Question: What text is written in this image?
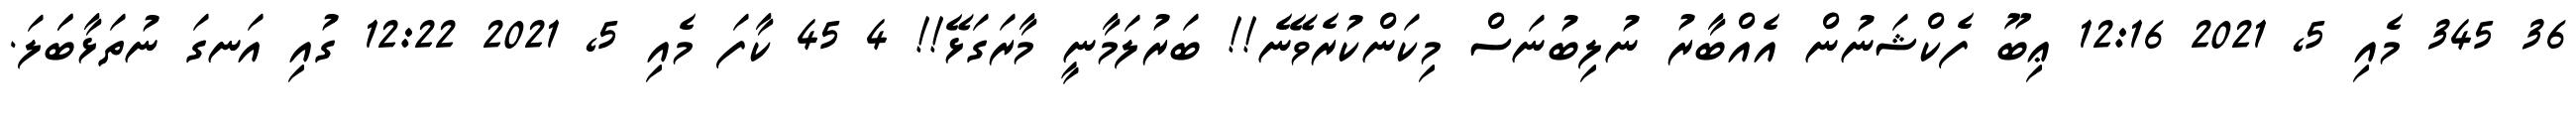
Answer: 36 345 މެއި 5, 2021 12:16 ޢިބޫ ފެކްޝަނުން އެއްބާރު ނުލިބުނަސް މިކަންކުރެވޭނެ!! ބަރުލަމާނީ މާރަގަޅޭ!! 4 45 ކާފަ މެއި 5, 2021 12:22 ގުއި އަނގަ ނުތަޅާބަަލަ.